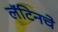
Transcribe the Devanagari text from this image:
लॅटिनचे